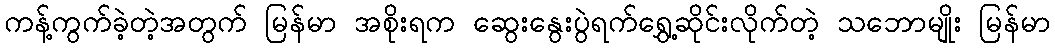
ကန့်ကွက်ခဲ့တဲ့အတွက် မြန်မာ အစိုးရက ဆွေးနွေးပွဲရက်ရွှေ့ဆိုင်းလိုက်တဲ့ သဘောမျိုး မြန်မာ